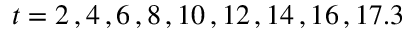
t = 2 \, , 4 \, , 6 \, , 8 \, , 1 0 \, , 1 2 \, , 1 4 \, , 1 6 \, , 1 7 . 3